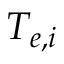
T _ { e , i }